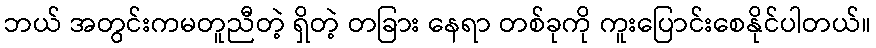
ဘယ် အတွင်းကမတူညီတဲ့ ရှိတဲ့ တခြား နေရာ တစ်ခုကို ကူးပြောင်းစေနိုင်ပါတယ်။